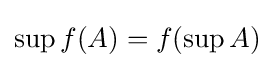
\sup f(A)=f(\sup A)